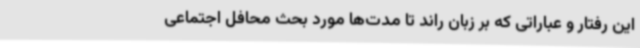
این رفتار و عباراتی که بر زبان راند تا مدت‌ها مورد بحث محافل اجتماعی